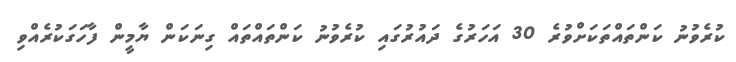
ކުރެވުނު ކަންތައްތަކަށްވުރެ 30 އަހަރުގެ ދައުރުގައި ކުރެވުނު ކަންތައްތައް ގިނަކަން ޔާމީން ފާހަގަކުރެއްވި